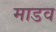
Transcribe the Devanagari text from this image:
माडव